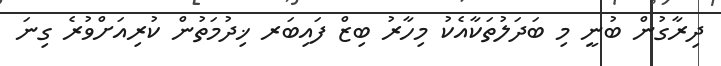
ދިރާގުން ބުނީ މި ބަދަލުތަކާއެކު މިހާރު ބިޒް ފައިބަރ ޚިދުމަތުން ކުރިއަށްވުރެ ގިނަ